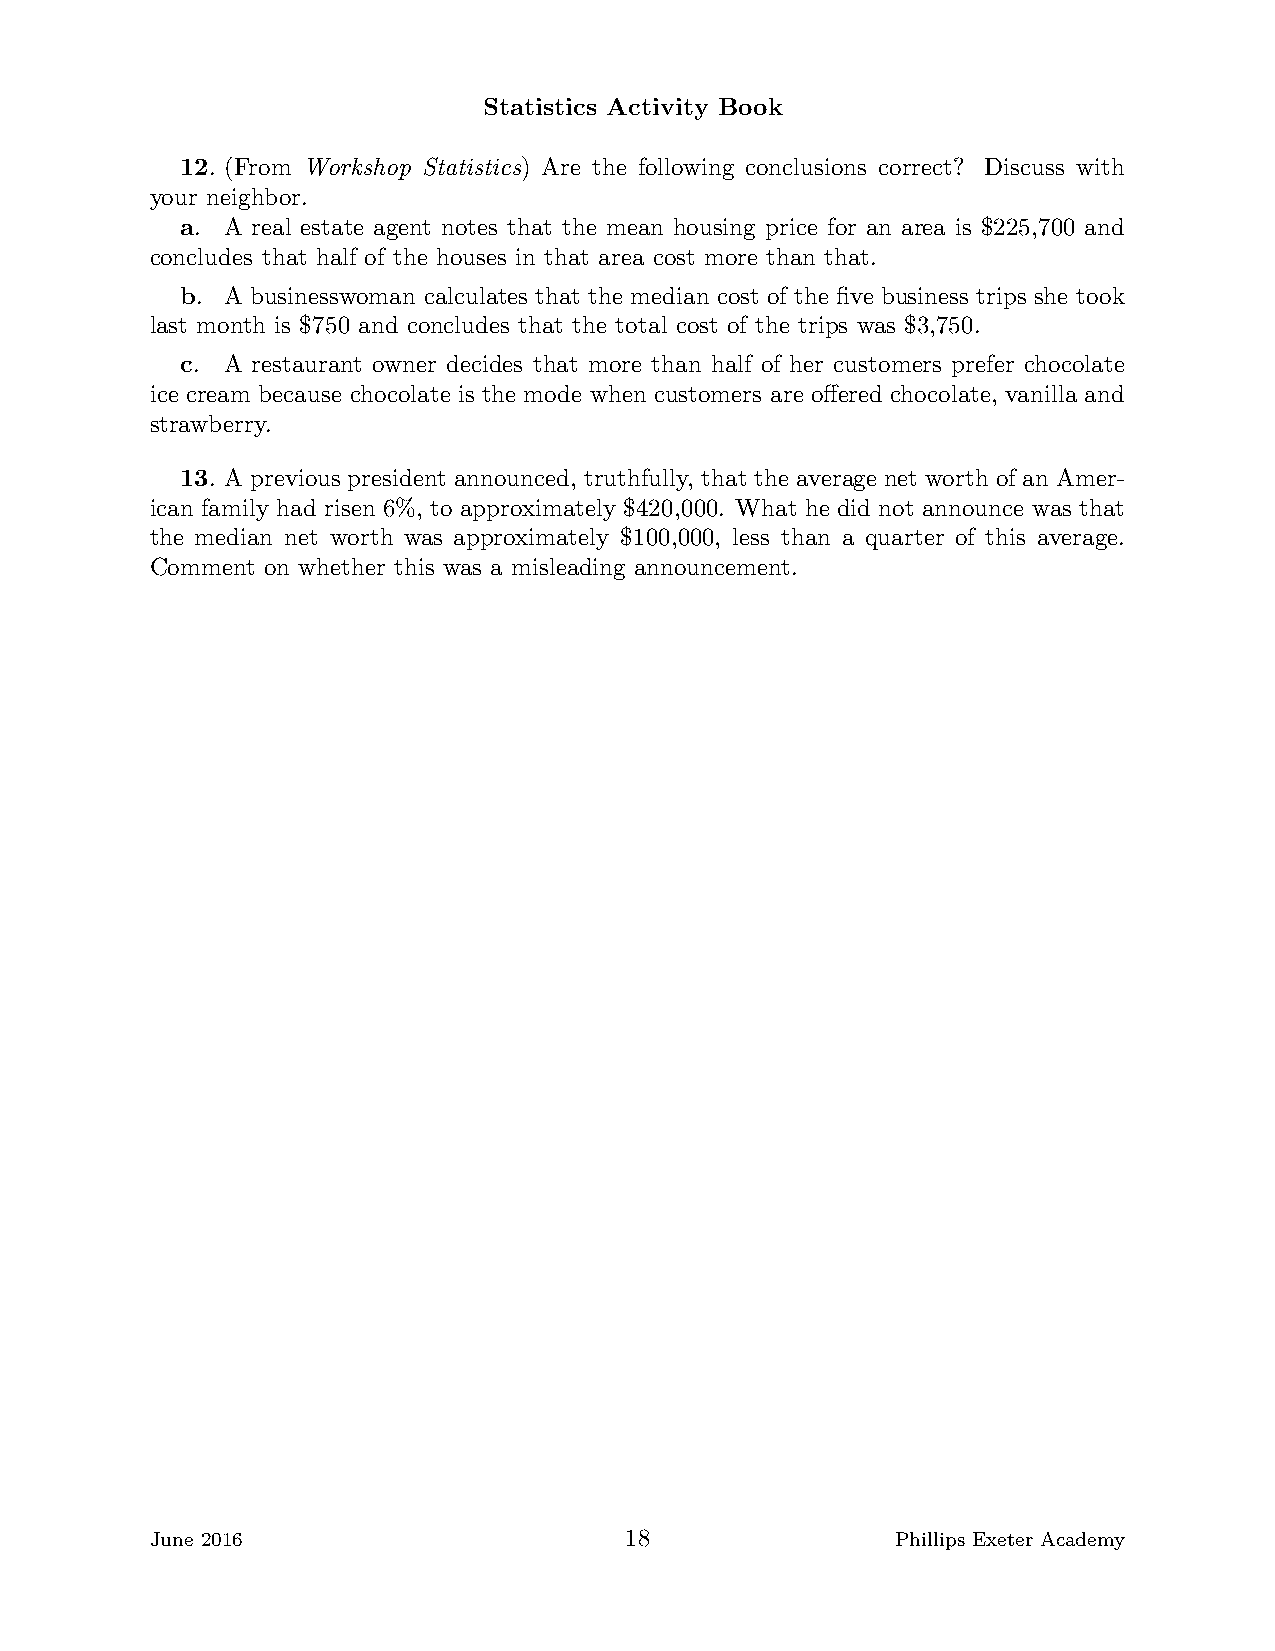
Statistics Activity Book
 12. (From Workshop Statistics) Are the following conclusions correct? Discuss with
 your neighbor.
 a. A real estate agent notes that the mean housing price for an area is $225,700 and
 concludes that half of the houses in that area cost more than that.
 b. A businesswoman calculates that the median cost of the five business trips she took
 last month is $750 and concludes that the total cost of the trips was $3,750.
 c. A restaurant owner decides that more than half of her customers prefer chocolate
 ice cream because chocolate is the mode when customers are offered chocolate, vanilla and
 strawberry.
 13. A previous president announced, truthfully, that the average net worth of an Amer-
 ican family had risen 6%, to approximately $420,000. What he did not announce was that
 the median net worth was approximately $100,000, less than a quarter of this average.
 Comment on whether this was a misleading announcement.
 June 2016                      18                Phillips Exeter Academy